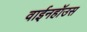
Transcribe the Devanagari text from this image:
वाईनहॉउस